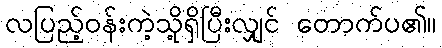
လပြည့်ဝန်းကဲ့သို့ရှိပြီးလျှင် တောက်ပ၏။